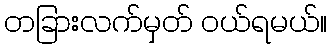
တခြားလက်မှတ် ဝယ်ရမယ်။